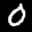
Label: 0